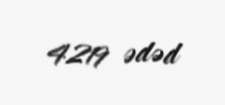
4219 ədəd